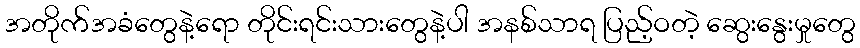
အတိုက်အခံတွေနဲ့ရော တိုင်းရင်းသားတွေနဲ့ပါ အနစ်သာရ ပြည့်ဝတဲ့ ဆွေးနွေးမှုတွေ